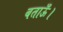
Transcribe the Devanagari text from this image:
बताऊँ।